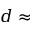
d \approx